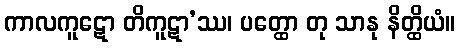
ကာလကူဋော တိကူဋာ’ဿ၊ ပတ္ထော တု သာနု နိတ္ထိယံ။